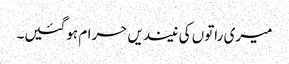
میری راتوں کی نیندیں حرام ہوگئیں۔